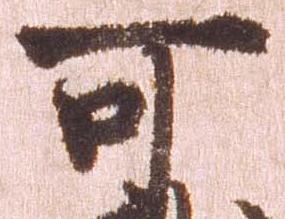
可